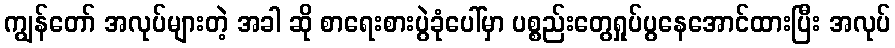
ကျွန်တော် အလုပ်များတဲ့ အခါ ဆို စာရေးစားပွဲခုံပေါ်မှာ ပစ္စည်းတွေရှုပ်ပွနေအောင်ထားပြီး အလုပ်